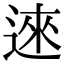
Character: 逨